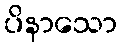
ပိနာသော